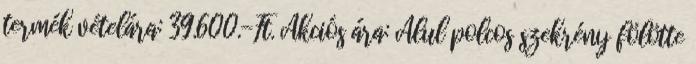
termék vételára: 39.600.-Ft. Akciós ára: Alul polcos szekrény fölötte